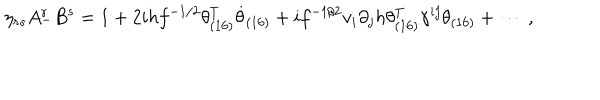
LaTeX: \eta _ { r s } A _ { - } ^ { r } B ^ { s } = 1 + 2 i h f ^ { - 1 / 2 } \theta _ { ( 1 6 ) } ^ { T } \dot { \theta } _ { ( 1 6 ) } + i f ^ { - 1 / 2 } v _ { i } \partial _ { j } h \theta _ { ( 1 6 ) } ^ { T } \gamma ^ { i j } \theta _ { ( 1 6 ) } + \cdots ~ ,